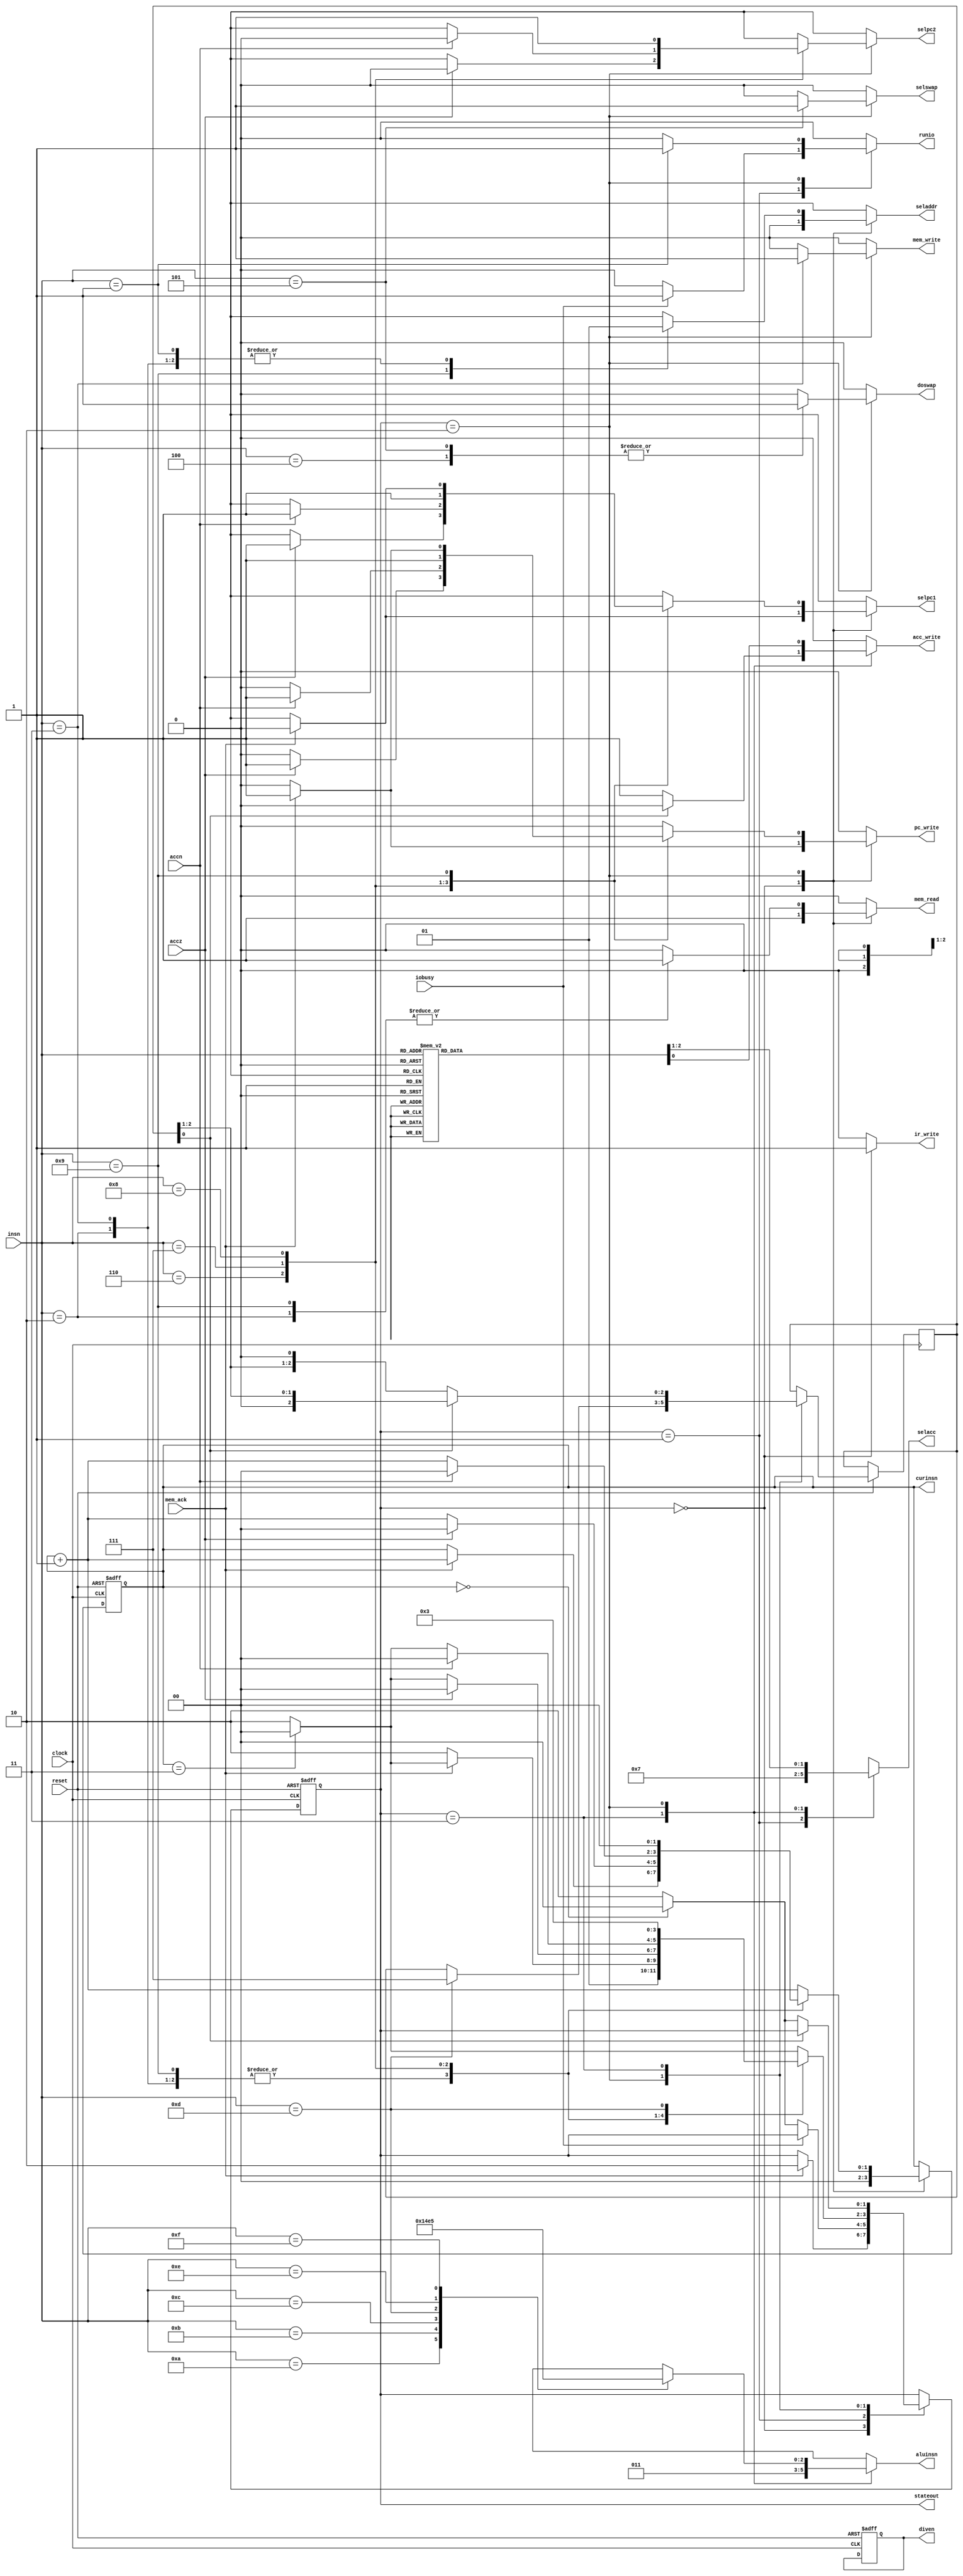
// states
`define START 0
`define IOWAIT 1
`define DECODE 2
`define DIVWAIT 3
// instructions
`define NOP 4'd0
`define SYSCALL 4'd1
`define LOAD 4'd2
`define STORE 4'd3
`define SWAPA 4'd4
`define SWAPD 4'd5
`define BRANCHZ 4'd6
`define BRANCHN 4'd7
`define JUMP 4'd8
`define CONST 4'd9
`define ADD 4'd10
`define SUB 4'd11
`define MUL 4'd12
`define DIV 4'd13
`define SHIFT 4'd14
`define NAND 4'd15
// constants for multiplexing
`define SELADDR_PC 0
`define SELADDR_AR 1
`define SELACC_MEM 0
`define SELACC_IO 1
`define SELACC_SWAP 2
`define SELACC_ALU 3
`define SELSWAP_AR 0
`define SELSWAP_DR 1
`define SELPC1_NEXT 0
`define SELPC1_REG 1
`define SELPC2_AR 0
`define SELPC2_ACC 1
module controller
(
	input clock,
	input reset,
	input [3:0] insn,
	input accz, // is ACC zero?
	input accn, // is ACC negative?
	input iobusy, // are we waiting for IO?
	input mem_ack,
	output reg mem_read,
	output reg mem_write,
	output reg ir_write,
	output reg pc_write,
	output reg acc_write,
	output reg seladdr, // 0 - PC, 1 - AR
	output reg [1:0] selacc,  // 0 - MEM, 1 - IO, 2 - SWAP, 3 - ALU
	output reg selswap, // 0 - AR, 1 - DR
	output reg doswap,
	output reg selpc1, // 0 - next, 1 - reg
	output reg selpc2, // 0 - DR, 1 - ACC
	output reg [1:0] curinsn,
	output reg [2:0] aluinsn,
	output reg runio,
	output reg diven,
	// for visualization
	output [1:0] stateout
);

	reg [1:0] state;
	
	assign stateout = state;

	reg [2:0] delay;
	reg cycwait;

	// accumulator logic
	always @(*)
	begin
		selacc = 1'bX;
		acc_write = 0;
		casez(state)
			`IOWAIT: selacc = `SELACC_IO;
			`DIVWAIT: begin selacc = `SELACC_ALU; if(delay[0] == 0) acc_write = 1; end 
			`DECODE:
				casez(insn)
					`SYSCALL: selacc = `SELACC_IO;
					`LOAD: begin selacc = `SELACC_MEM; acc_write = 1; end
					`SWAPA: begin selacc = `SELACC_SWAP; acc_write = 1; end
					`SWAPD: begin selacc = `SELACC_SWAP; acc_write = 1; end
					`CONST: begin selacc = `SELACC_MEM; acc_write = 1; end
					`ADD: begin selacc = `SELACC_ALU; acc_write = 1; end
					`SUB: begin selacc = `SELACC_ALU; acc_write = 1; end
					`MUL: begin selacc = `SELACC_ALU; acc_write = 1; end
					`DIV: selacc = `SELACC_ALU;
					`SHIFT: begin selacc = `SELACC_ALU; acc_write = 1; end
					`NAND: begin selacc = `SELACC_ALU; acc_write = 1; end
				endcase
		endcase
	end
	
	// swap logic
	always @(*)
	begin
		selswap = 1'b0;
		doswap = 0;
		casez(state)
			`DECODE:
				casez(insn)
					`SWAPA: begin selswap = `SELSWAP_AR; doswap = 1; end
					`SWAPD: begin selswap = `SELSWAP_DR; doswap = 1; end
				endcase
		endcase
	end
	
	// IR logic
	always @(*)
	begin
		ir_write = 0;
		casez(state)
			`START: ir_write = 1;
		endcase
	end
	
	// memory logic
	always @(*)
	begin
		mem_read = 0;
		mem_write = 0;
		seladdr = 1'bX;
		casez(state)
			`START: begin mem_read = 1; seladdr = `SELADDR_PC; end
			`DECODE:
				casez(insn)
					`LOAD: begin mem_read = 1; seladdr = `SELADDR_AR; end
					`STORE: begin mem_write = 1; seladdr = `SELADDR_AR; end
					`CONST: begin mem_read = 1; seladdr = `SELADDR_PC; end
					`SYSCALL: seladdr = `SELADDR_AR;
				endcase
		endcase
	end
	
	// ALU logic
	always @(*)
	begin
		aluinsn = 2'bX;
		casez(state)
			`DIVWAIT: aluinsn = 3;
			`DECODE:
				casez(insn)
					`ADD: aluinsn = 0;
					`SUB: aluinsn = 1;
					`MUL: aluinsn = 2;
					`DIV: aluinsn = 3;
					`SHIFT: aluinsn = 4;
					`NAND: aluinsn = 5;
				endcase
		endcase
	end
	
	// PC logic
	always @(*)
	begin
		selpc1 = 1'bX;
		selpc2 = 1'bX;
		pc_write = 0;
		casez(state)
			`START: if (mem_ack) begin pc_write = 1; selpc1 = `SELPC1_NEXT; end
			`DECODE:
				casez(insn)
					`BRANCHZ: if (accz) begin pc_write = 1; selpc1 = `SELPC1_REG; selpc2 = `SELPC2_AR; end
					`BRANCHN: if (accn) begin pc_write = 1; selpc1 = `SELPC1_REG; selpc2 = `SELPC2_AR; end
					`JUMP: begin pc_write = 1; selpc1 = `SELPC1_REG; selpc2 = `SELPC2_ACC; end
					`CONST: if (mem_ack) begin pc_write = 1; selpc1 = `SELPC1_NEXT; end
				endcase
		endcase
	end
	
	// IO logic
	always @(*)
	begin
		runio = 0;
		casez(state)
			`IOWAIT: if (iobusy) runio = 1;
			`DECODE: 
				casez(insn)
					`SYSCALL: runio = 1;
				endcase
		endcase
	end
	
	always @(posedge clock or negedge reset)
	begin
		if(~reset) begin
			state <= 0;
			curinsn <= 0;
			diven <= 1; // TODO
		end else
		casez(state)
			`START: begin
				curinsn <= 0;
				if(mem_ack) state <= `DECODE; 
			end
			`IOWAIT: begin 
				if(~iobusy) begin
					if(curinsn == 2'd0) state <= `START;
					else state <= `DECODE;
				end
			end
			`DECODE: begin
				if(curinsn == 2'd3) state <= `START;
				else state <= `DECODE;
				curinsn <= curinsn + 2'b1;
				casez(insn)
					`SYSCALL: state <= `IOWAIT;
					`LOAD: if(~mem_ack) begin curinsn <= curinsn; state <= `DECODE; end
					`STORE: if(~mem_ack) begin curinsn <= curinsn; state <= `DECODE; end
					`CONST: if(~mem_ack) begin curinsn <= curinsn; state <= `DECODE; end
					`BRANCHZ: if(accz) begin curinsn <= 0; state <= `START; end
					`BRANCHN: if(accn) begin curinsn <= 0; state <= `START; end
					`JUMP: begin curinsn <= 0; state <= `START; end
					`DIV: begin
						delay <= 3'b111;
						state <= `DIVWAIT;
					end
				endcase
			end
			`DIVWAIT: begin
				if(delay[0] == 0) begin
					if(curinsn == 2'd0) state <= `START;
					else state <= `DECODE;
				end else begin
					delay <= delay >> 1;
				end
			end
		endcase
	end
	
endmodule